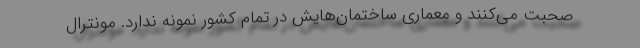
صحبت می‌کنند و معماری ساختمان‌هایش در تمام کشور نمونه ندارد. مونترال